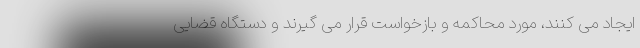
ایجاد می کنند، مورد محاکمه و بازخواست قرار می گیرند و دستگاه قضایی